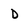
Character: D